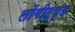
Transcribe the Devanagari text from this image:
लोंगीट्यूड